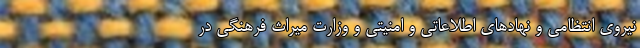
نیروی انتظامی و نهادهای اطلاعاتی و امنیتی و وزارت میراث فرهنگی در